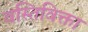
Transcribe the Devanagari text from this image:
वस्तिविक्ता